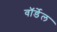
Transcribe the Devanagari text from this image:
वॉर्डेल